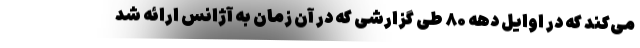
می‌کند که در اوایل دهه ۸۰ طی گزارشی که در آن زمان به آژانس ارائه شد